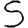
Digit: 5